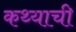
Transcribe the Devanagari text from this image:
कथ्याची